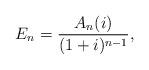
LaTeX: \begin{align*} E_n = {A_n(i) \over (1+i)^{n-1}},\end{align*}